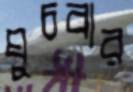
ঘুচবার